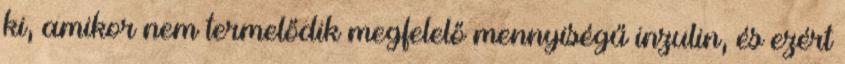
ki, amikor nem termelődik megfelelő mennyiségű inzulin, és ezért